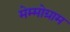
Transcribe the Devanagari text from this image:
मेम्मोग्राम